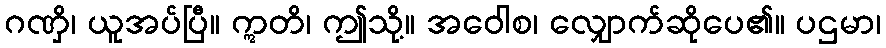
ဂဏှိ၊ ယူအပ်ပြီ။ ဣတိ၊ ဤသို့။ အဝေါစ၊ လျှောက်ဆိုပေ၏။ ပဌမာ၊